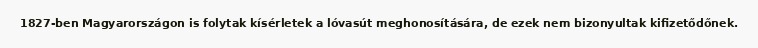
1827-ben Magyarországon is folytak kísérletek a lóvasút meghonosítására, de ezek nem bizonyultak kifizetődőnek.